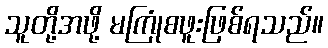
သူတို့အဖို့ မကြုံစဖူးဖြစ်ရသည်။